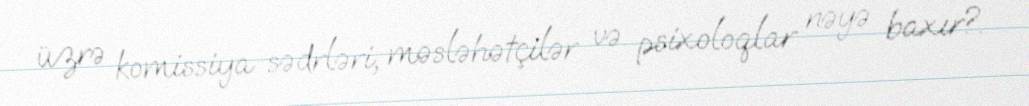
üzrə komissiya sədrləri, məsləhətçilər və psixoloqlar nəyə baxır?.